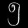
Digit: ၅